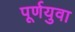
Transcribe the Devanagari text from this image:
पूर्णयुवा